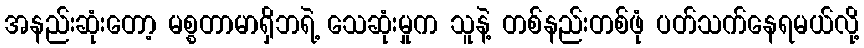
အနည်းဆုံးတော့ မစ္စတာမာရှိဘရဲ့ သေဆုံးမှုက သူနဲ့ တစ်နည်းတစ်ဖုံ ပတ်သက်နေရမယ်လို့